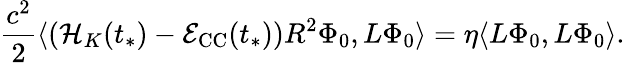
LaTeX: \frac{c^{2}}{2}\langle(\mathcal{H}_{K}(t_{*})-\mathcal{E}_{\mathrm{CC}}(t_{*}))R^{2}\Phi_{0},L\Phi_{0}\rangle=\eta\langle L\Phi_{0},L\Phi_{0}\rangle.